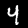
Digit: 4